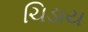
ચિડાય